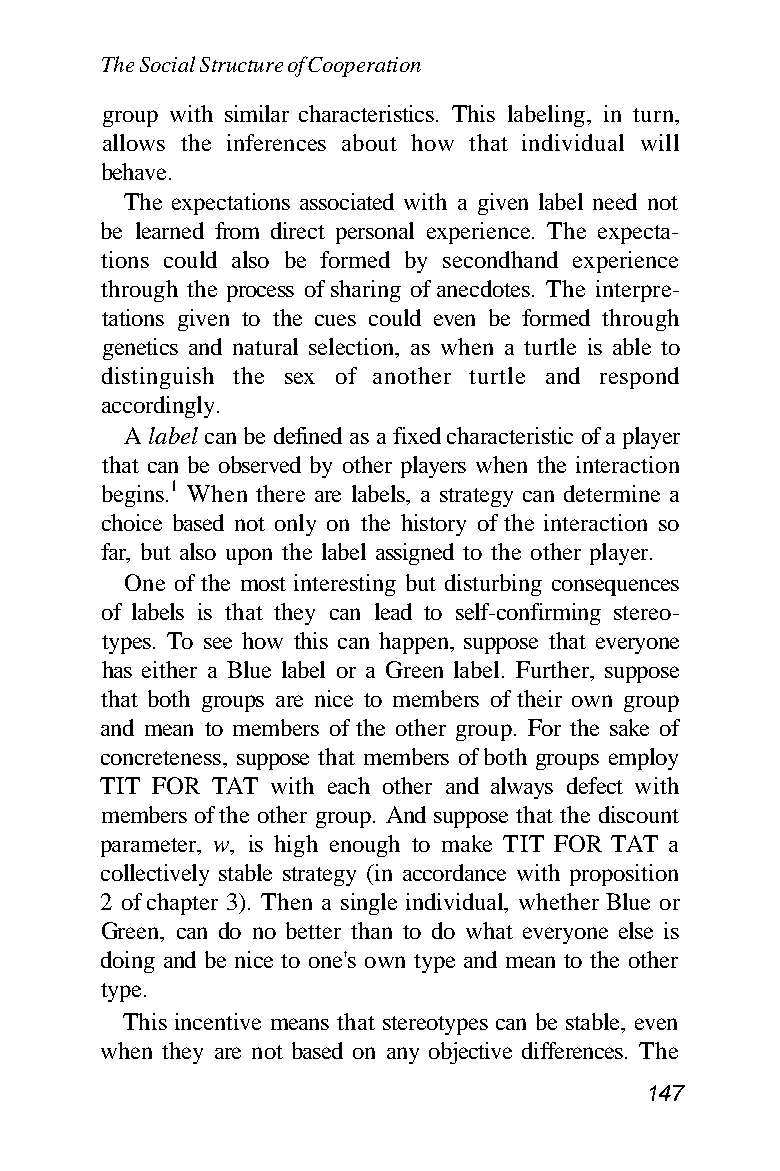
The Social Structure of Cooperation
 group with similar characteristics. This labeling, in turn,
 allows the inferences about how that individual will
 behave.
 The expectations associated with a given label need not
 be learned from direct personal experience. The expecta-
 tions could also be formed by secondhand experience
 through the process of sharing of anecdotes. The interpre-
 tations given to the cues could even be formed through
 genetics and natural selection, as when a turtle is able to
 distinguish the sex of another turtle and respond
 accordingly.
 A label can be defined as a fixed characteristic of a player
 that can be observed by other players when the interaction
 begins.1 When there are labels, a strategy can determine a
 choice based not only on the history of the interaction so
 far, but also upon the label assigned to the other player.
 One of the most interesting but disturbing consequences
 of labels is that they can lead to self-confirming stereo-
 types. To see how this can happen, suppose that everyone
 has either a Blue label or a Green label. Further, suppose
 that both groups are nice to members of their own group
 and mean to members of the other group. For the sake of
 concreteness, suppose that members of both groups employ
 TIT FOR TAT with each other and always defect with
 members of the other group. And suppose that the discount
 parameter, w, is high enough to make TIT FOR TAT a
 collectively stable strategy (in accordance with proposition
 2 of chapter 3). Then a single individual, whether Blue or
 Green, can do no better than to do what everyone else is
 doing and be nice to one's own type and mean to the other
 type.
 This incentive means that stereotypes can be stable, even
 when they are not based on any objective differences. The
 147